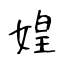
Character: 媓